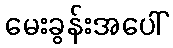
မေးခွန်းအပေါ်